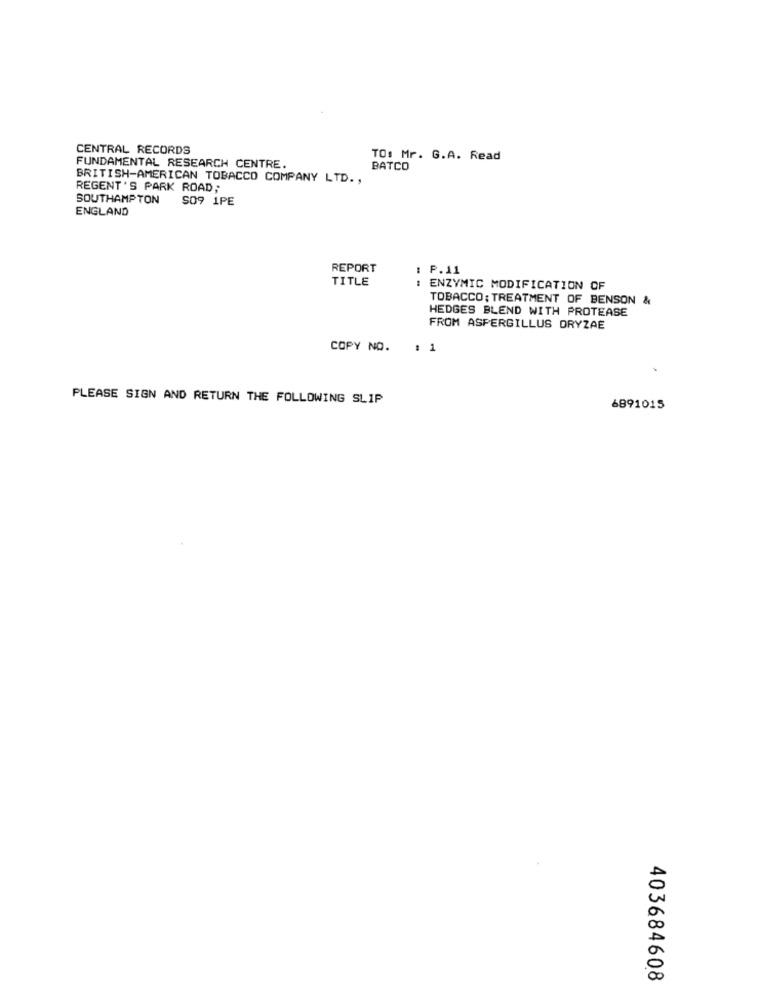
CENTRAL RECORDS
TO: Mr. G.A. Read
FUNDAMENTAL RESEARCH CENTRE.
BATCO
BRITISH-AMERICAN TOBACCO COMPANY LTD .,
REGENT'S PARK ROAD;
SOUTHAMPTON SO9 1PE
ENGLAND
REPORT
: P.11
TITLE
: ENZYMIC MODIFICATION OF
TOBACCO; TREATMENT OF BENSON &
HEDGES BLEND WITH PROTEASE
FROM ASPERGILLUS ORYZAE
COPY NO.
: 1
PLEASE SIGN AND RETURN THE FOLLOWING SLIP
6891015
403684608